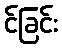
င်ခြင်း